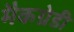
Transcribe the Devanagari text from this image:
मैकग्रेडी